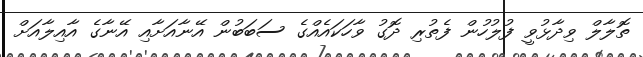
ތޮލާލް ވިދާޅުވީ ފުލުހުން ފެތުރި ދޮގު ވާހަކައެއްގެ ސަބަބުން އޭނާއަށާއި އޭނާގެ އާއިލާއަށް